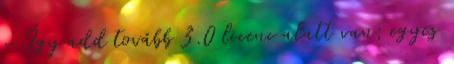
– Így add tovább 3.0 licenc alatt van; egyes